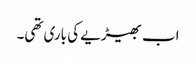
اب بھیڑیے کی باری تھی۔